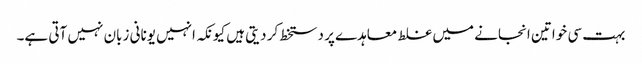
بہت سی خواتین انجانے میں غلط معاہدے پر دستخط کر دیتی ہیں کیونکہ انہیں یونانی زبان نہیں آتی ہے۔